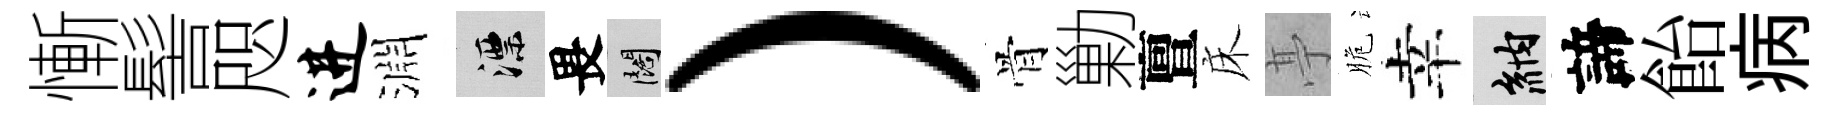
慚髻咫进淵漂畏闊）骨勦亶床𠅘脆幸納諦飴病